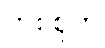
တစ်စုက